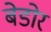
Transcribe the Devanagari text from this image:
बेडोर